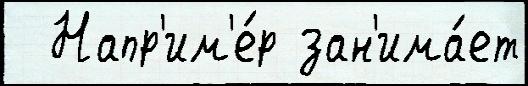
  Напр'им'е́р зан'има́ет